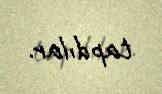
tapdılar.